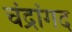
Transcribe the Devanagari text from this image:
चंद्रांगद